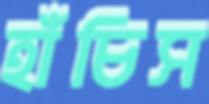
হাঁচিস